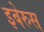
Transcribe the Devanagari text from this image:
इबेरुस